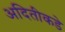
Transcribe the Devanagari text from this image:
अदितीकडे